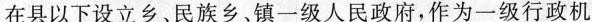
在县以下设立乡、民族乡、镇一级人民政府，作为一级行政机